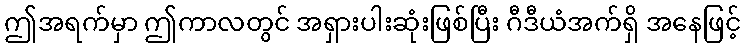
ဤအရက်မှာ ဤကာလတွင် အရှားပါးဆုံးဖြစ်ပြီး ဂီဒီယံအက်ရှိ အနေဖြင့်